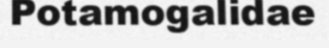
Potamogalidae